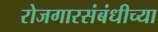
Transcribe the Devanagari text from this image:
रोजगारसंबंधीच्या